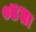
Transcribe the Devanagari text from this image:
०४ता